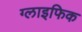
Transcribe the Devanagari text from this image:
ग्लाइफिक